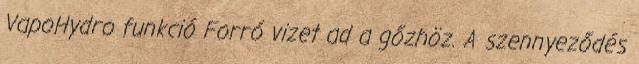
VapoHydro funkció Forró vizet ad a gőzhöz. A szennyeződés